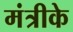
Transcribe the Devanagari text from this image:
मंत्रीके